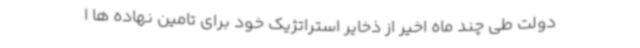
دولت طی چند ماه اخیر از ذخایر استراتژیک خود برای تامین نهاده ها ا